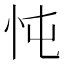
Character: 忳